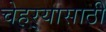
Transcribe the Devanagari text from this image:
चेहर्‍यासाठी